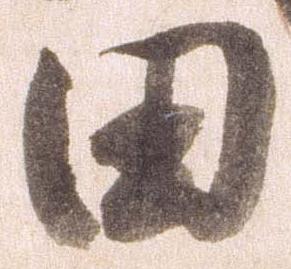
田